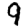
Digit: 9